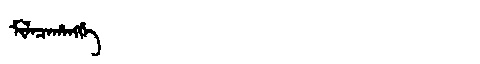
Manchu: ᠮᡳᠯᠠᠴᠠᡥᠠᠩᡤᡝ
Romanization: MILACAHANGGE